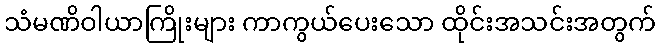
သံမဏိဝါယာကြိုးများ ကာကွယ်ပေးသော ထိုင်းအသင်းအတွက်